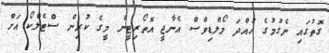
ގޮތުގައި ނެގުމުގެ ހުއްދަ މޯލްޑިވްސް އެނާޖީ އޮތޯރިޓީން މީގެ ކުރިން ސްޓެލްކޯ އަށް